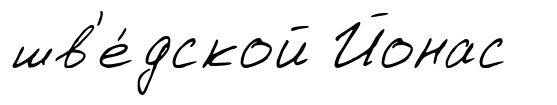
шв'е́дской Йонас